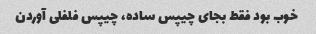
خوب بود فقط بجای چیپس ساده، چیپس فلفلی آوردن